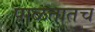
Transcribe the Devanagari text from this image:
पाळतातच